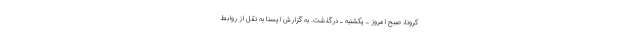
کرونا، صبح امروز ـ یکشنبه ـ درگذشت. به گزارش ایسنا به نقل از روابط